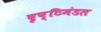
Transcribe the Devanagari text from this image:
दृष्टिमंडल